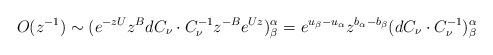
\begin{align*} O(z^{-1})\sim(e^{-zU}z^{B}dC_{\nu}\cdot C_{\nu}^{-1}z^{-B}e^{Uz})^{\alpha}_{\beta}=e^{u_{\beta}-u_{\alpha}}z^{b_{\alpha}-b_{\beta}}(dC_{\nu}\cdot C_{\nu}^{-1})^{\alpha}_{\beta} \end{align*}